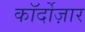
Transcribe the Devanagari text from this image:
कॉर्दोज़ार